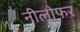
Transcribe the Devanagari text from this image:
नीलोफ़र